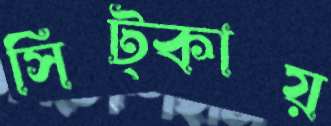
সিট্‌কায়